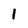
Character: 1